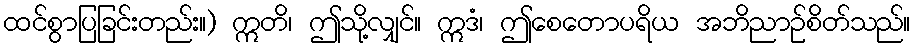
ထင်စွာပြခြင်းတည်း။) ဣတိ၊ ဤသို့လျှင်။ ဣဒံ၊ ဤစေတောပရိယ အဘိညာဉ်စိတ်သည်။